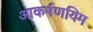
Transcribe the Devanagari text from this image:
आकर्षणयिम